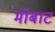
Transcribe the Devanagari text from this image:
मोबाट